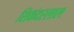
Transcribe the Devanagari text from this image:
सिकंदरलाल